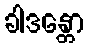
ခါဒန္တော